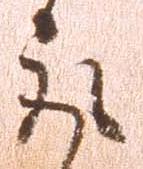
取